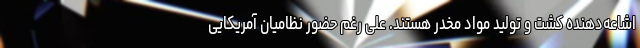
اشاعه‌دهنده کشت و تولید مواد مخدر هستند. علی رغم حضور نظامیان آمریکایی